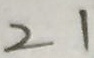
2 1